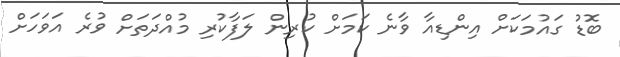
ބޮޑު ގައުމަކަށް އިންޑިއާ ވާނެ ކަމަށް ކުރިން ލަފާކުރި މުއްދަތަށް ވުރެ އަވަހަށް